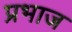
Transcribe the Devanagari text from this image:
प्रभाज